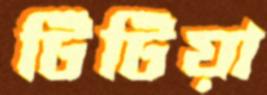
টিটিয়া